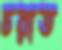
চরাত